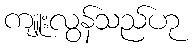
ကျူးလွန်သည်ဟု